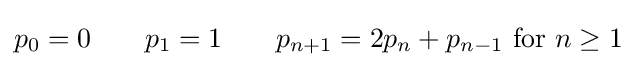
p_{0}=0\;\;\;\;\;\;\;p_{1}=1\;\;\;\;\;\;\;p_{n+1}=2p_{n}+p_{n-1}{\text{ for }}n\geq 1